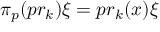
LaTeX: \pi _ { p } ( p r _ { k } ) \xi = p r _ { k } ( x ) \xi